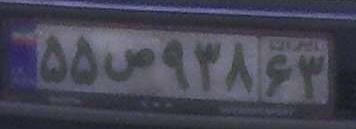
۵۵ص۹۳۸۶۳